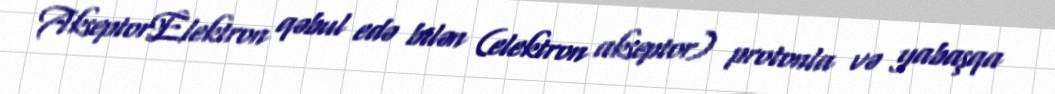
AkseptorElektron qəbul edə bilən (elektron akseptor) protonla və yabaşqa